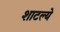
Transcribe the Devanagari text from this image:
शाटल्ये